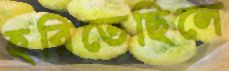
হরিতেছিলে